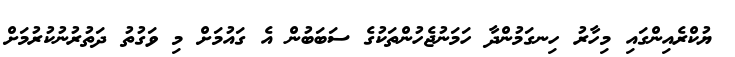
ޔުކްރެއިންގައި މިހާރު ހިނގަމުންދާ ހަމަނުޖެހުންތަކުގެ ސަބަބުން އެ ގައުމަށް މި ވަގުތު ދަތުރުނުކުރުމަށް